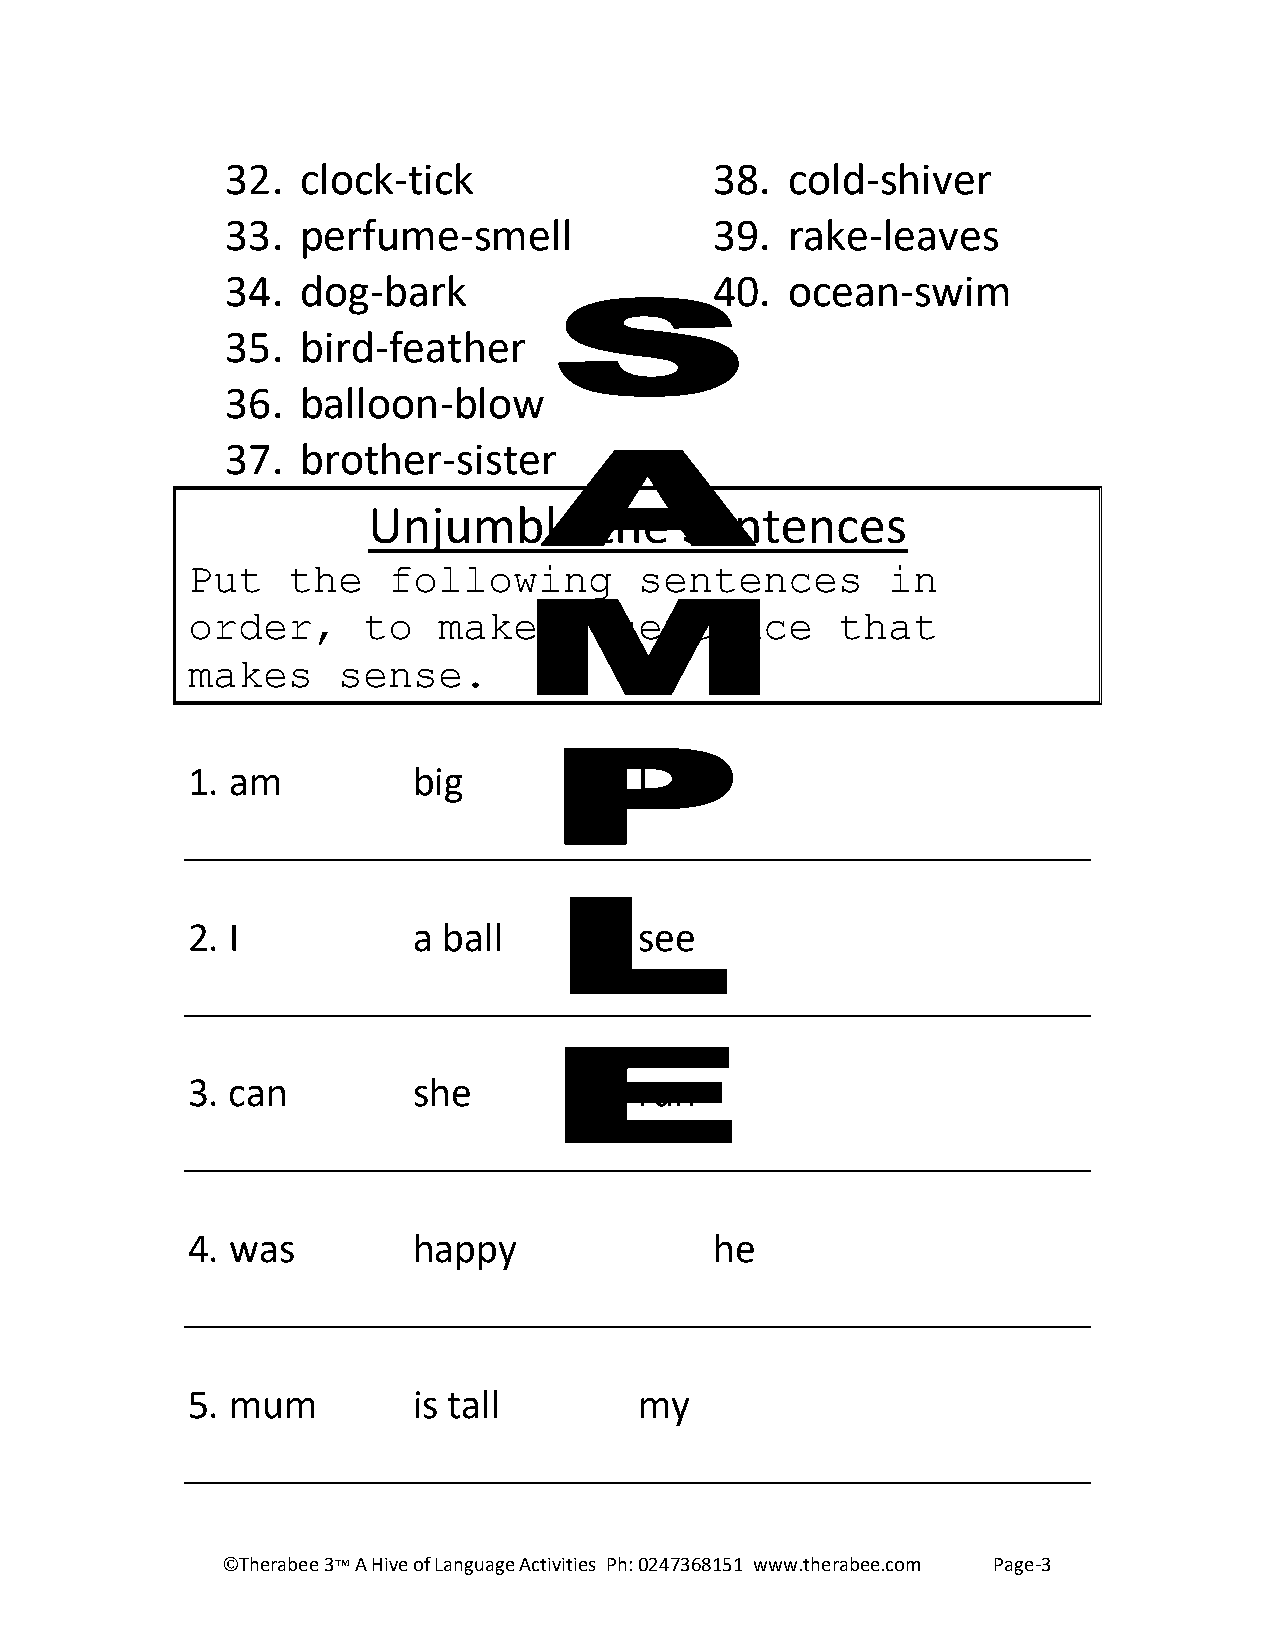
32.  clock-tick                 38.  cold-shiver
 33.  perfume-smell              39.  rake-leaves
 34.  dog-bark                   40.  ocean-swim
 35.  bird-feather
 36.  balloon-blow
 37.  brother-sister
 Unjumble       the   Sentences
 Put    the    following       sentences        in
 order,      to   make    a   sentence      that
 makes     sense.
 1. am          big            I
 2. I           a ball         see
 3. can         she            run
 4. was         happy               he
 5. mum         is tall        my
 ©Therabee 3 A Hive of Language Activities Ph: 0247368151 www.therabee.com Page-3